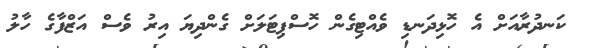
ކަނދުރާއަށް އެ ހޮޅިދަނޑި ވެއްޓިގެން ހޮސްޕިޓަލަށް ގެންދިޔަ އިރު ވެސް އަޒްފާގެ ހާލު